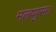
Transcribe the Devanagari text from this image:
मलप्पुरम।